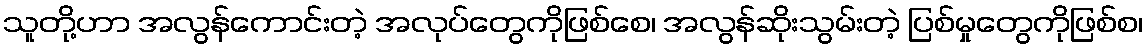
သူတို့ဟာ အလွန်ကောင်းတဲ့ အလုပ်တွေကိုဖြစ်စေ၊ အလွန်ဆိုးသွမ်းတဲ့ ပြစ်မှုတွေကိုဖြစ်စ၊